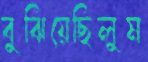
বুঝিয়েছিলুম